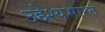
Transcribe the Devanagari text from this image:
उद्देश्यभारत